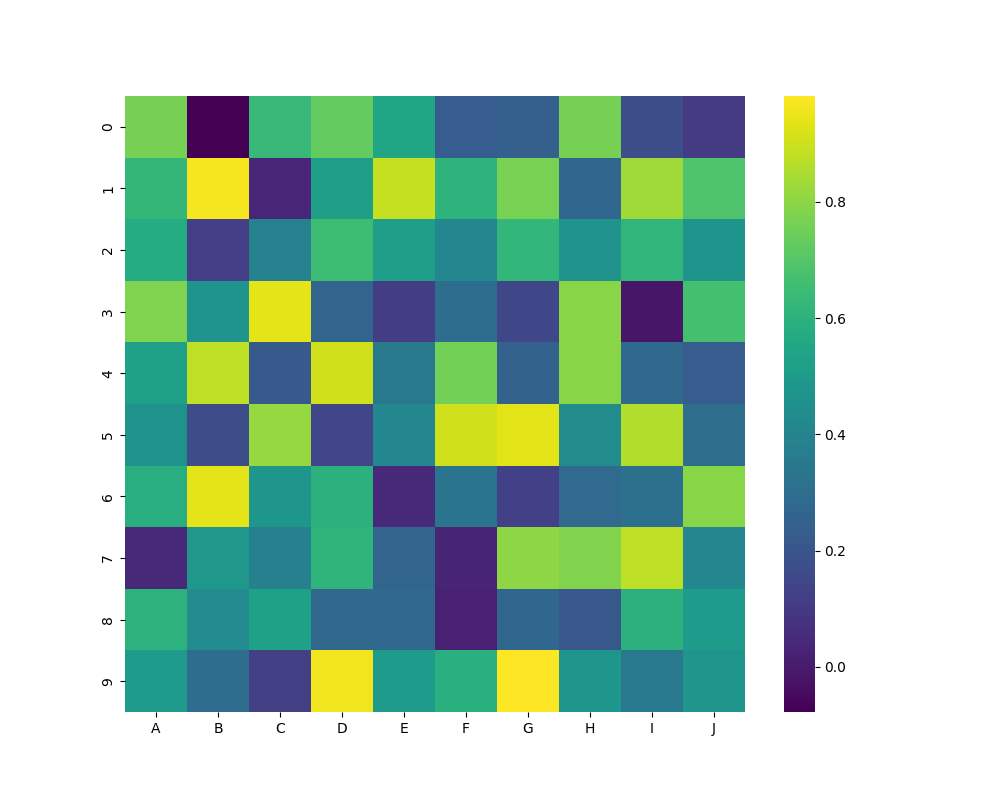
python, seaborn, heatmap, cmap='viridis', linewidths=0.0, center=none